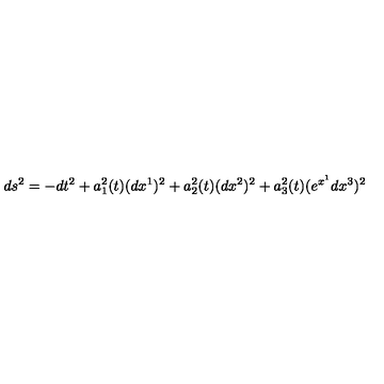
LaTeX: d s ^ { 2 } = - d t ^ { 2 } + a _ { 1 } ^ { 2 } ( t ) ( d x ^ { 1 } ) ^ { 2 } + a _ { 2 } ^ { 2 } ( t ) ( d x ^ { 2 } ) ^ { 2 } + a _ { 3 } ^ { 2 } ( t ) ( e ^ { x ^ { 1 } } d x ^ { 3 } ) ^ { 2 }